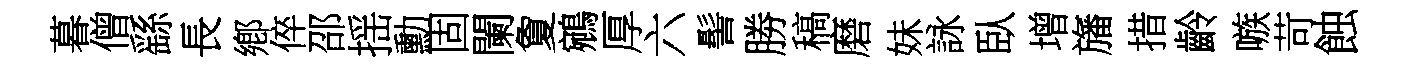
暮僧繇長鄕倅邵揺勳固闌夐鵷厚六髻勝稿磨妹詠臥增旛措齡嗾苛蝕